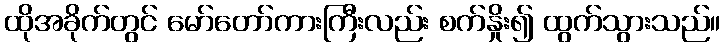
ထိုအခိုက်တွင် မော်တော်ကားကြီးလည်း စက်နှိုး၍ ထွက်သွားသည်။